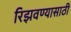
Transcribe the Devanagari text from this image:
रिझवण्यासाठी